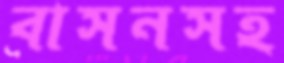
বাসনসহ